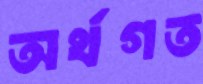
অর্থগত